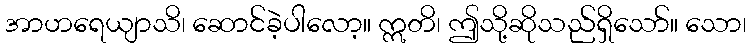
အာဟရေယျာသိ၊ ဆောင်ခဲ့ပါလော့။ ဣတိ၊ ဤသို့ဆိုသည်ရှိသော်။ သော၊